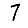
Digit: 7